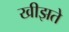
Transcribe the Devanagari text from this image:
खीझते